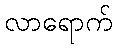
လာရောက်